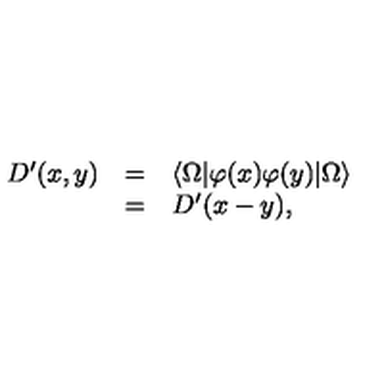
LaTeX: \begin{array} { r c l } { D ^ { \prime } ( x , y ) } & { = } & { \langle \Omega | \varphi ( x ) \varphi ( y ) | \Omega \rangle } \\ { } & { = } & { D ^ { \prime } ( x - y ) , } \\ \end{array}